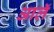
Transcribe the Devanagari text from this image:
आलॅ